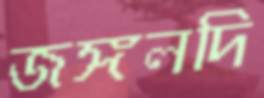
জঙ্গলদি